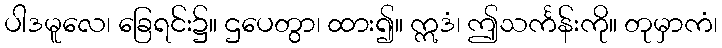
ပါဒမူလေ၊ ခြေရင်း၌။ ဌပေတွာ၊ ထား၍။ ဣဒံ၊ ဤသင်္ကန်းကို။ တုမှာကံ၊